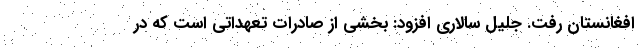
افغانستان رفت. جلیل سالاری افزود: بخشی از صادرات تعهداتی است که در